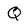
Character: Q